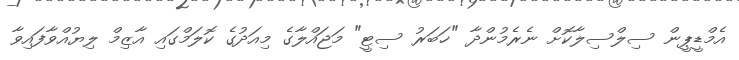
އެމްޑީޕީން ސިލްސިލާކޮށް ނެރެމުންދާ "ޚަބަރު ސިޓީ" މަޖައްލާގެ މިއަދުގެ ކޮލަމްގައި އާޒިމް ލިޔުއްވާފައިވާ